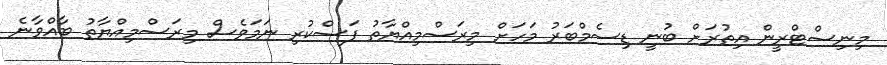
މިނިސްޓްރީން އިތުރަށް ބުނީ ޑިސެމްބަރު މަހަށް މިރަސްމިއްޔާތު ފަސްކުރި ނަމަވެސް މިރަސްމިއްޔާތު ބާއްވާނެ